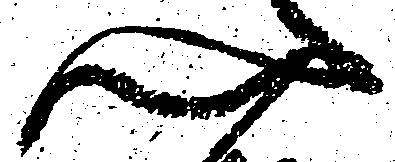
心